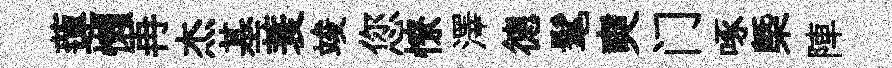
蓮懶再杰基蓑竣您憭澤德髦奭门啄㮣陣